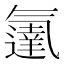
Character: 𬇓